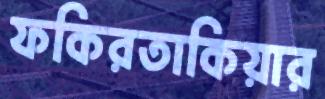
ফকিরতাকিয়ার